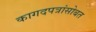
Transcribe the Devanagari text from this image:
कागदपत्रांसोबत